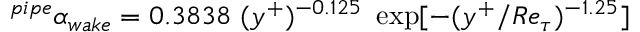
^ { p i p e } \alpha _ { w a k e } = 0 . 3 8 3 8 ~ ( y ^ { + } ) ^ { - 0 . 1 2 5 } ~ \exp [ - ( y ^ { + } / R e _ { \tau } ) ^ { - 1 . 2 5 } ]